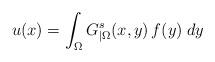
LaTeX: \begin{align*}u(x)=\int_\Omega G_{|\Omega}^s(x,y)\,f(y)\;dy\end{align*}